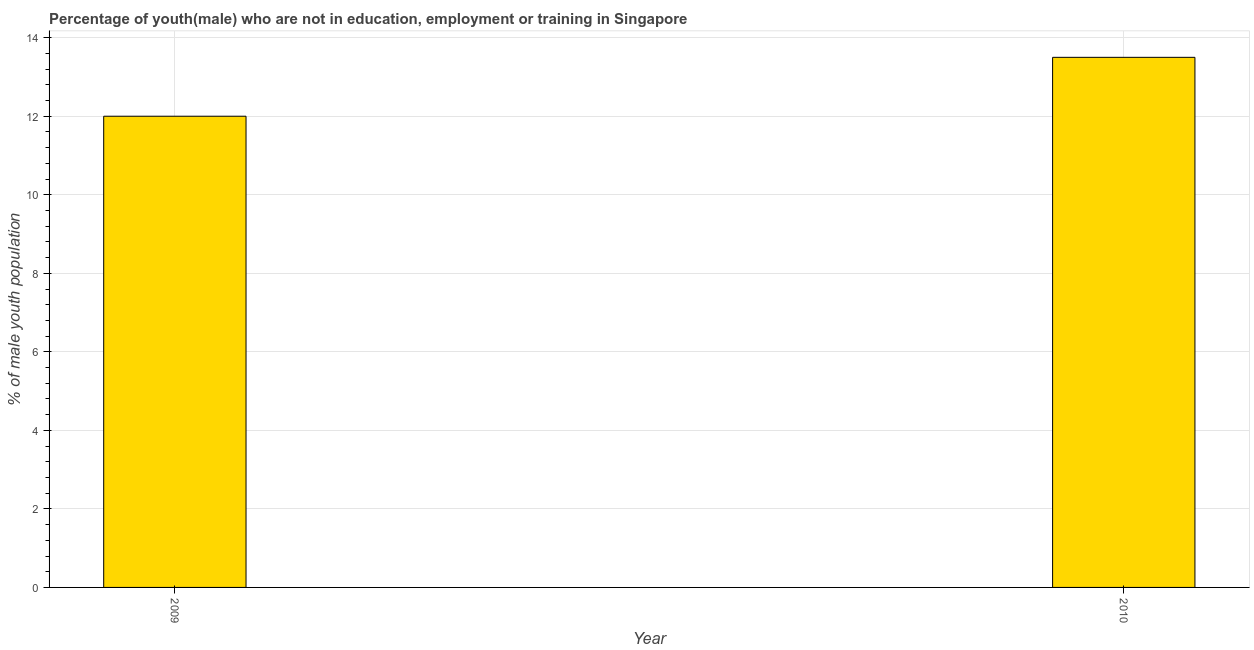
| Year | Unemployed(male) |
 | --- | --- |
 | 2009 | 12 |
 | 2010 | 13.5 |